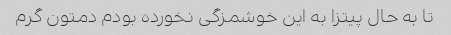
تا به حال پیتزا به این خوشمزگی نخورده بودم دمتون گرم